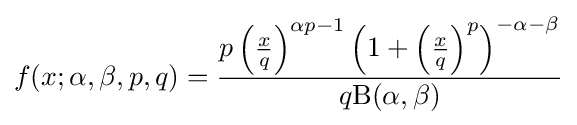
f(x;\alpha ,\beta ,p,q)={\frac {p\left({\frac {x}{q}}\right)^{\alpha p-1}\left(1+\left({\frac {x}{q}}\right)^{p}\right)^{-\alpha -\beta }}{q\mathrm {B} (\alpha ,\beta )}}